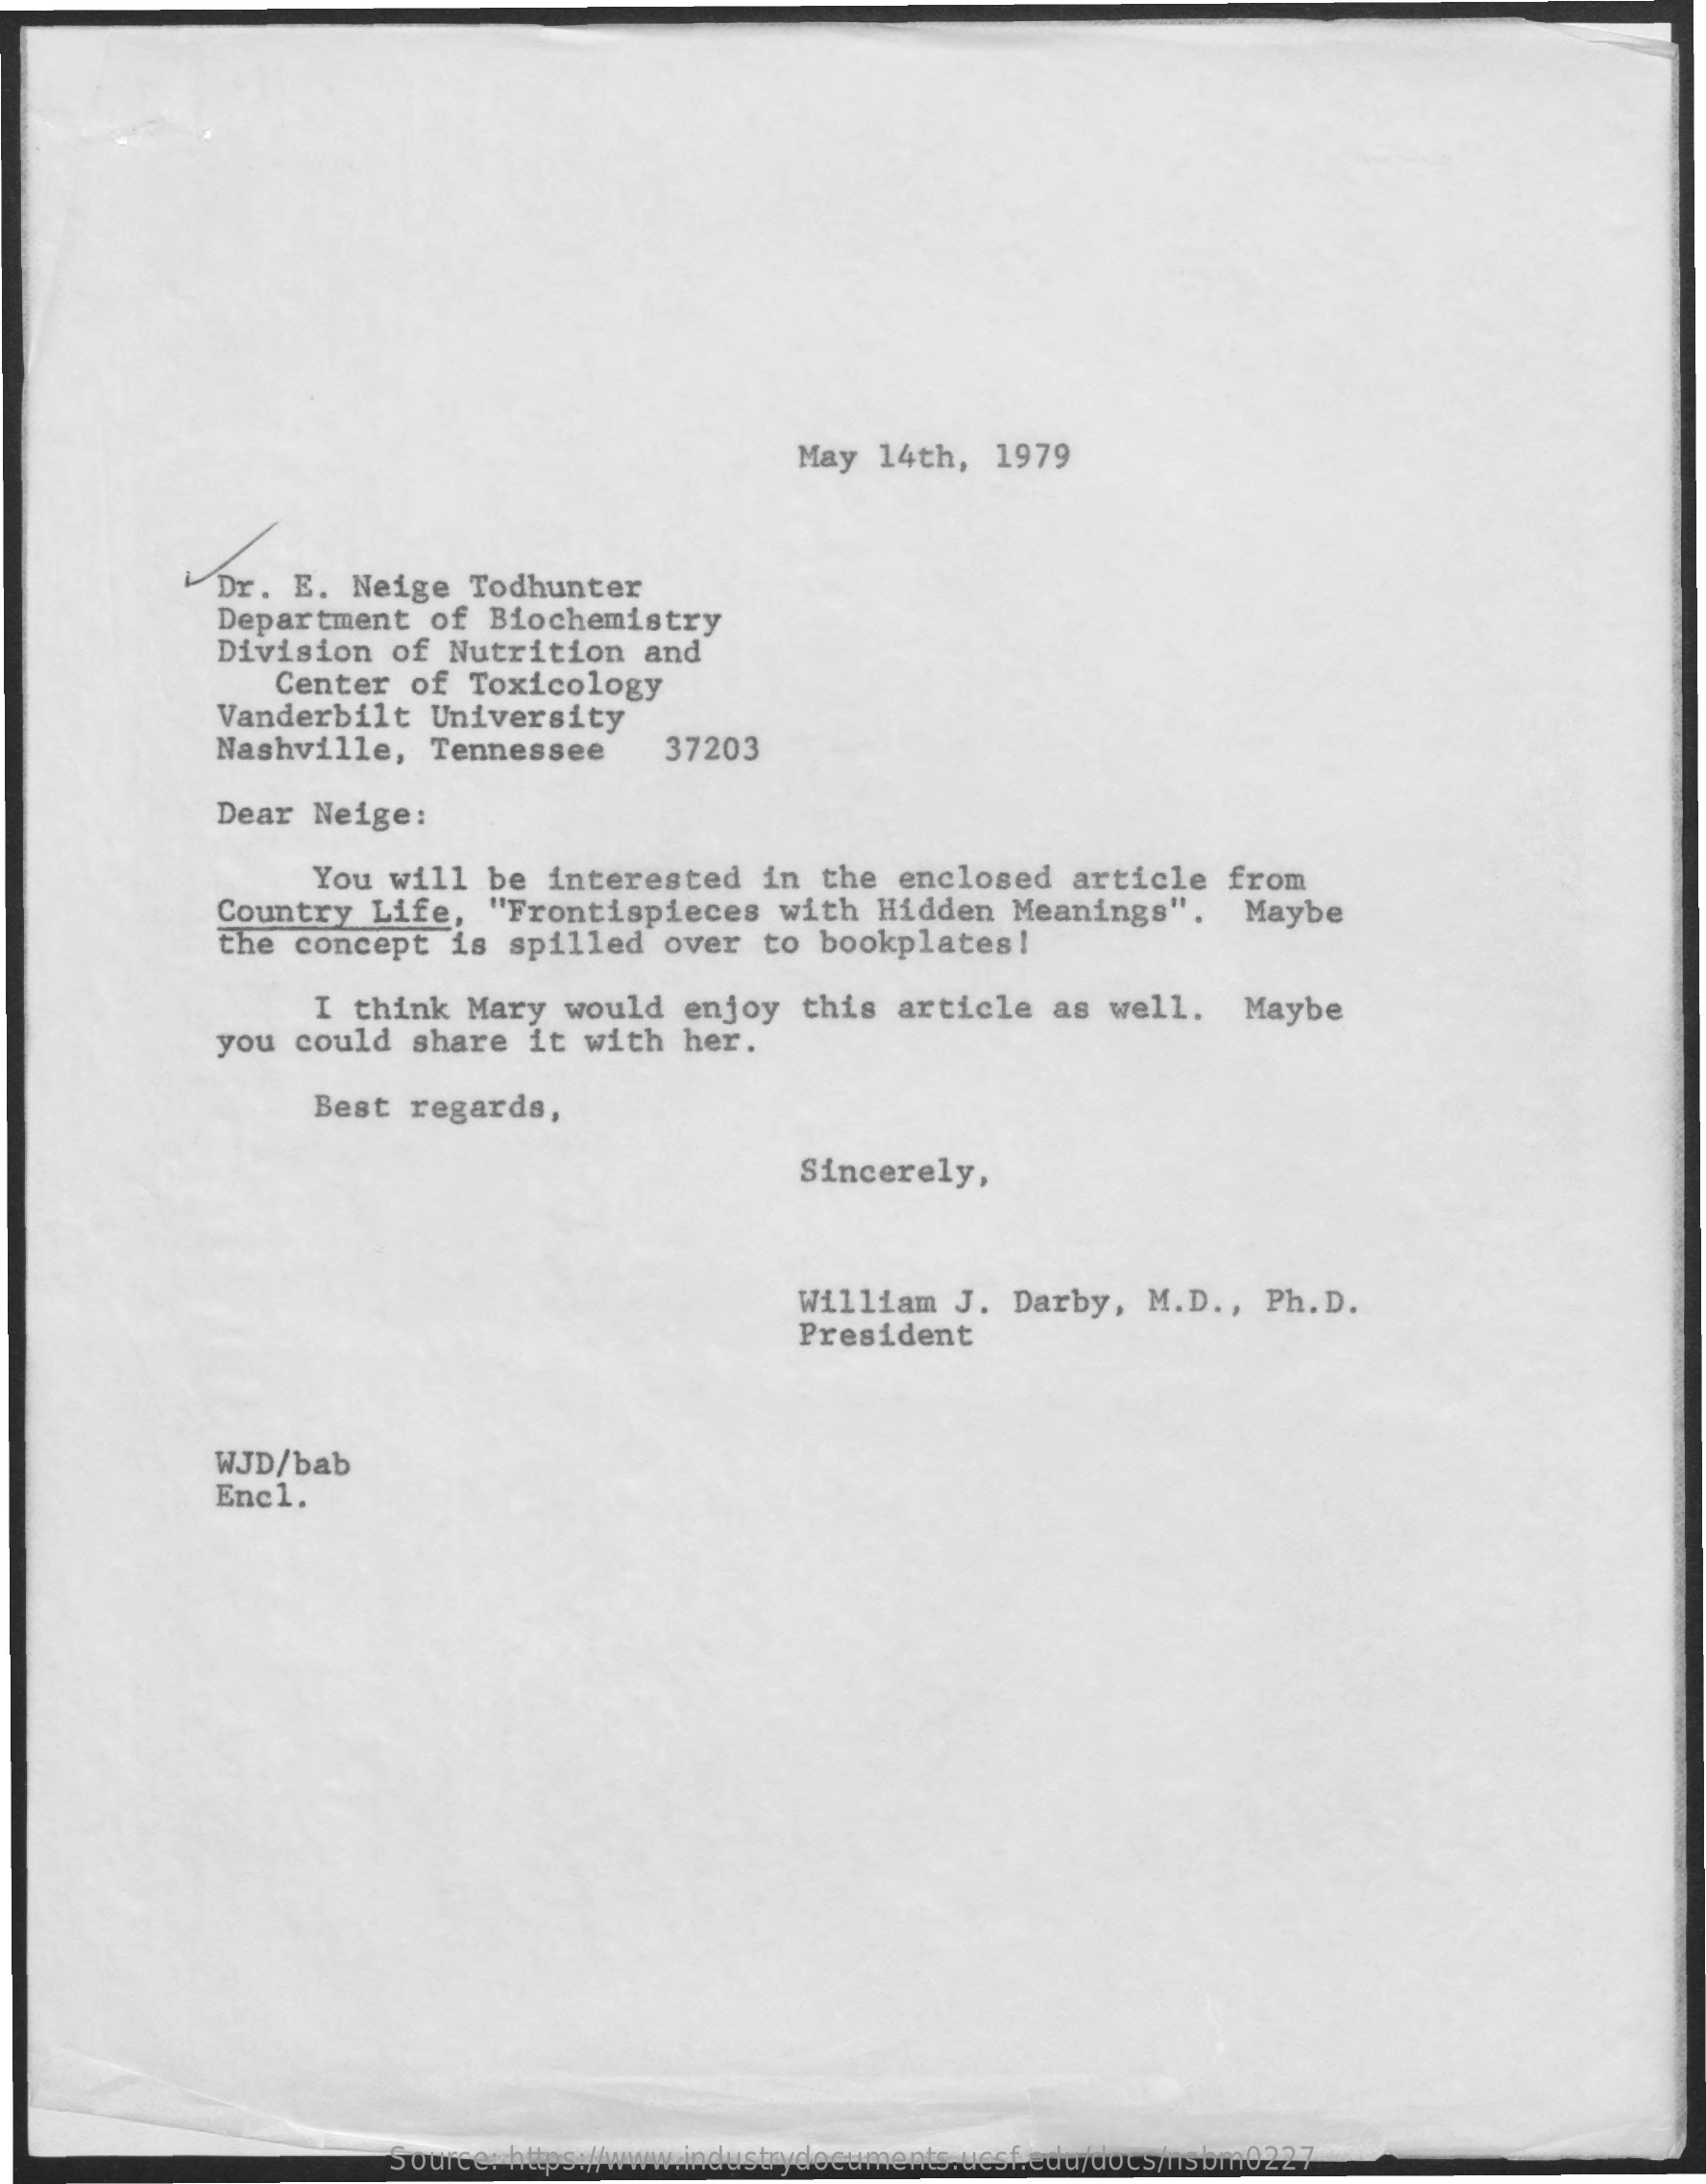
May  14th,   1979
     Dr.  E. Neige   Todhunter
     Department   of  Biochemistry
     Division   of  Nutrition   and
     Center  of  Toxicology
     Vanderbilt   University
     Nashville,    Tennessee    37203
     Dear  Neige:
     You  will  be  interested    in the  enclosed   article   from
     Country   Life,  "Frontispieces    with  Hidden   Meanings".    Maybe
     the  concept   is  spilled  over   to bookplates!
     I  think  Mary  would   enjoy  this  article   as  well.   Maybe
     you  could  share   it with   her.
     Best  regards,
     Sincerely,
     William   J.  Darby,  M.D  ., Ph.D.
     President
     WJD/bab
     Enc1.
     Source: https://www.industrydocuments.ucsf.edu/docs/nsbm0227